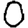
Digit: 0